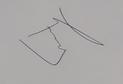
Signature authenticity: genuine